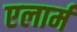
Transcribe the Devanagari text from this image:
एलार्म